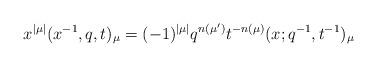
LaTeX: \begin{align*}x^{|\mu|} (x^{-1}, q, t)_\mu = (-1)^{|\mu|} q^{n(\mu')} t^{-n(\mu)} (x;q^{-1}, t^{-1})_{\mu}\end{align*}